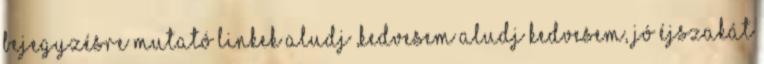
bejegyzésre mutató linkek Aludj ,Kedvesem aludj Kedvesem, jó éjszakát